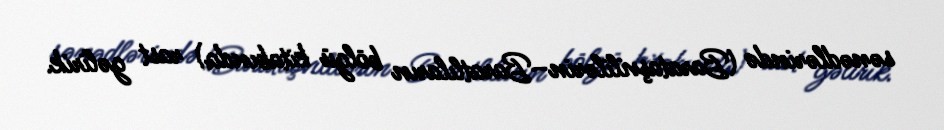
sənədlərində (Barataşvililərin–Baratlıların bölgü kitabında) rast gəlirik.